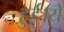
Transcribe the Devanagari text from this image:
हुई।ये